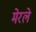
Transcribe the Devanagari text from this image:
मेरले